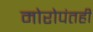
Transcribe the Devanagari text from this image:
मोरोपंतही